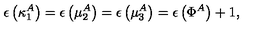
\epsilon \left( \kappa _ { 1 } ^ { A } \right) = \epsilon \left( \mu _ { 2 } ^ { A } \right) = \epsilon \left( \mu _ { 3 } ^ { A } \right) = \epsilon \left( \Phi ^ { A } \right) + 1 ,